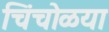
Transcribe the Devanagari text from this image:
चिंचोळया